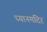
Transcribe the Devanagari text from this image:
ध्यानमंदिर